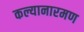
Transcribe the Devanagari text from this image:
कल्यानारमण